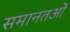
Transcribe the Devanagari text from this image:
समानतओं